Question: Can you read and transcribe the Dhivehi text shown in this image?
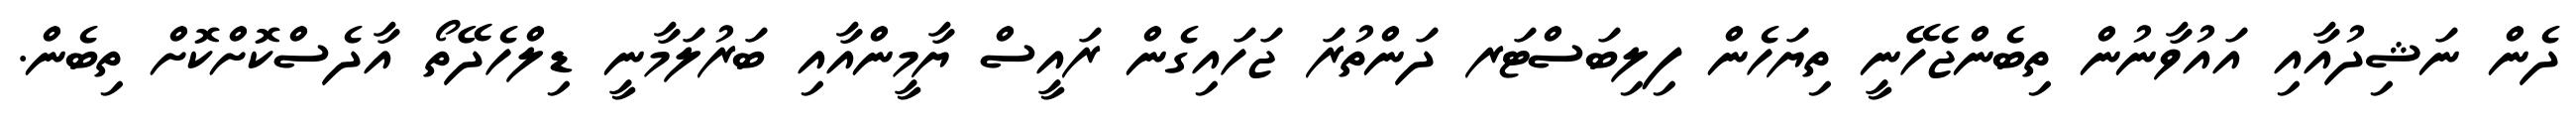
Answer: ދެން ނަޝިދުއާއި އައުވާނުން ތިބެންޖެހޭނީ ތިޔަހެން ފިލިބަސްޓަރ ދަންތުރަ ޖަހައިގެން ރައީސް ޔާމީންއާއި ބަރުލަމާނީ ޑިލްހެދޭތޯ އާދެސްކޮށްކޮށް ތިބެން.